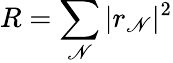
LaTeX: R=\sum_{\mathscr{N}}|r_{\mathscr{N}}|^{2}